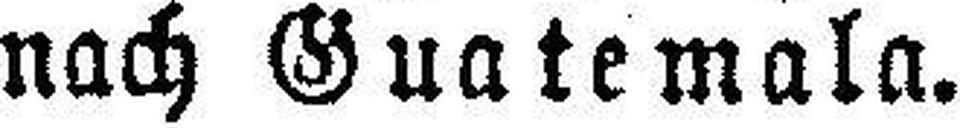
nach Guatemala.